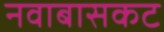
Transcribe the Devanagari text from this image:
नवाबासकट